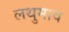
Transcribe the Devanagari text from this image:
लथुमाव